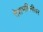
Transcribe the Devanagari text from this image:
देशभगिनीवर